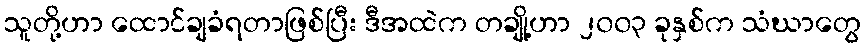
သူတို့ဟာ ထောင်ချခံရတာဖြစ်ပြီး ဒီအထဲက တချို့ဟာ ၂၀၀၃ ခုနှစ်က သံဃာတွေ